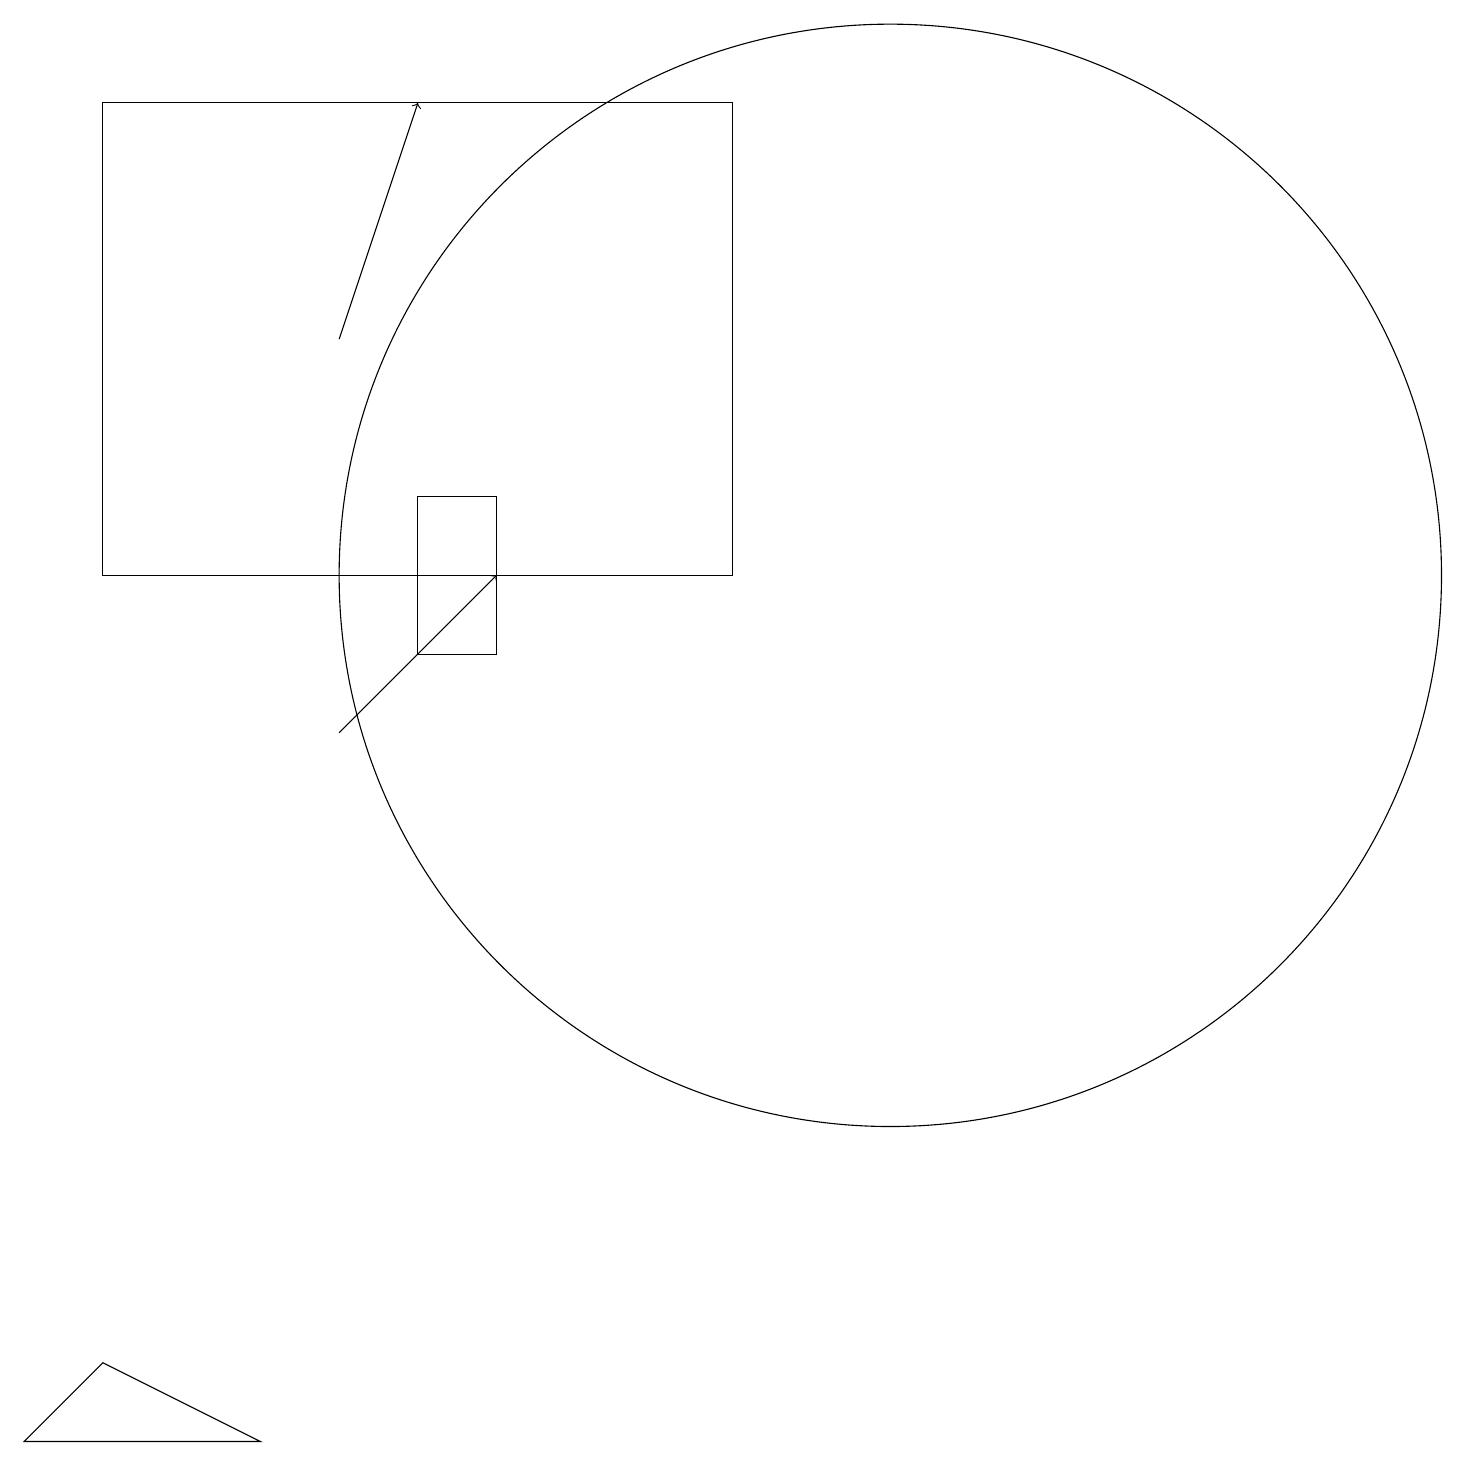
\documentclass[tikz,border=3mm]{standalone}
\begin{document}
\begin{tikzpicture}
\draw[->] (4,10) -- (6,12);
\draw (1,2) -- (3,1) -- (0,1) -- cycle;
\draw (5,11) rectangle (6,13);
\draw[->] (4,15) -- (5,18);
\draw (11,12) circle (7);
\draw (9,12) rectangle (1,18);
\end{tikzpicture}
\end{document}